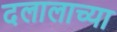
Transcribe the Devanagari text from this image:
दलालाच्या